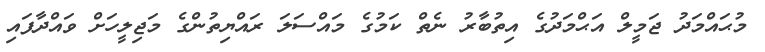
މުޙައްމަދު ޖަމީލް އަޙްމަދުގެ އިތުބާރު ނެތް ކަމުގެ މައްސަލަ ރައްޔިތުންގެ މަޖިލީހަށް ވައްދާފައި